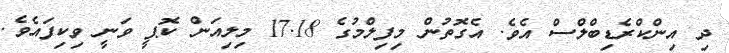
ދި އިންކްރެޑިބްލްސް އެވެ. އެގޮތުން މިފިލްމުގެ 17.18 މިލިއަން ކޮޕީ ވަނީ ވިކިފައެވެ.